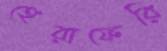
হেরাফেরি